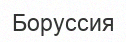
Боруссия